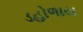
ડહોળાય